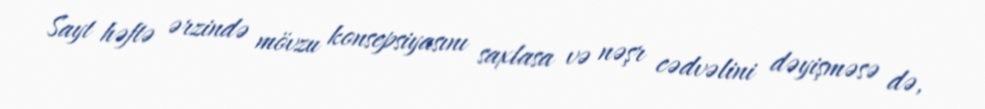
Sayt həftə ərzində mövzu konsepsiyasını saxlasa və nəşr cədvəlini dəyişməsə də,